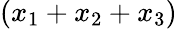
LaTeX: \left(x_{1}+x_{2}+x_{3}\right)